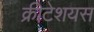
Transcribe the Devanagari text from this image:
क्रीटेशयस